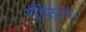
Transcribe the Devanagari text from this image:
गणितज्य।